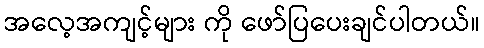
အလေ့အကျင့်များ ကို ဖော်ပြပေးချင်ပါတယ်။